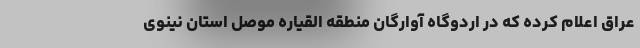
عراق اعلام کرده که در اردوگاه آوارگان منطقه القیاره موصل استان نینوی